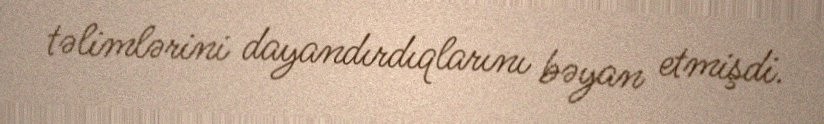
təlimlərini dayandırdıqlarını bəyan etmişdi.